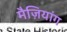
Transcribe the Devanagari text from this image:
मैज़ियांग